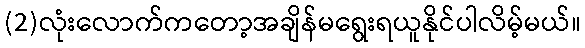
(2)လုံးလောက်ကတော့အချိန်မရွေးရယူနိုင်ပါလိမ့်မယ်။